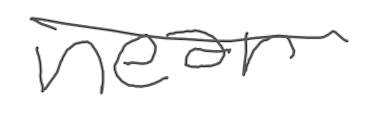
Text: near
Cross-out: mix
Writing tool: digital_gray